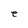
Character: e